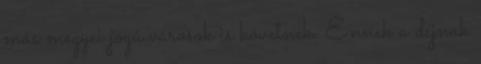
más megyei jogú városok is követnek. Ennek a díjnak